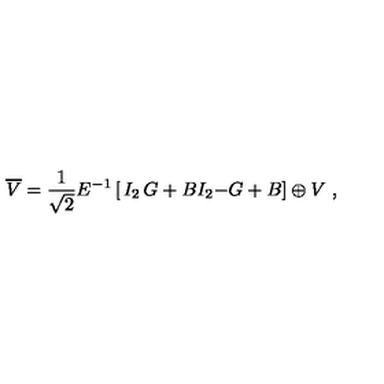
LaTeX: \overline { { V } } = { \frac { 1 } { \sqrt { 2 } } } E ^ { - 1 } \left[ \begin{matrix} { I _ { 2 } } & { G + B } \\ { I _ { 2 } } & { - G + B } \\ \end{matrix} \right] \oplus V \ ,